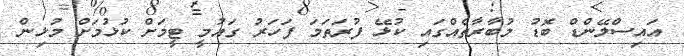
އައިސްލޭންޑް ބޮޑު މުބާރާތެއްގައި ކުޅޭ ފުރަތަމަ ފަހަރު ގައުމީ ޓީމަށް ކުޅުމަށް މުޅިން